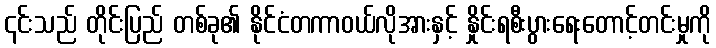
၎င်းသည် တိုင်းပြည် တစ်ခု၏ နိုင်ငံတကာဝယ်လိုအားနှင့် နှိုင်းရစီးပွားရေးတောင့်တင်းမှုကို